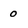
Character: 0